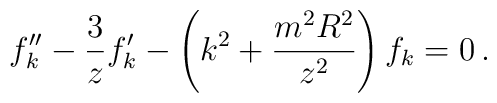
f_k '' - {3\over z}f_k ' -   \left( k^2 + {m^2 R^2\over z^2}\right)f_k = 0\,.